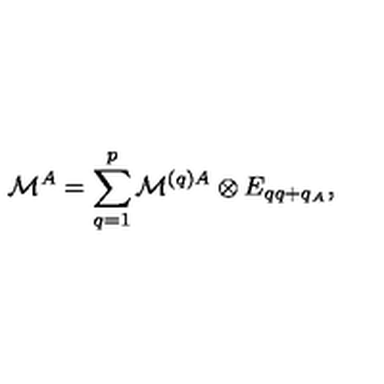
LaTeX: { \cal M } ^ { A } = \sum _ { q = 1 } ^ { p } { \cal M } ^ { ( q ) A } \otimes E _ { q q + q _ { A } } ,